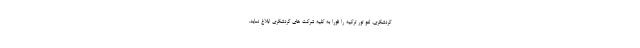
گردشگری، لغو تور ترکیه را فوراً به کلیه شرکت های گردشگری ابلاغ نماید.